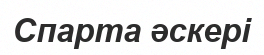
Спарта әскері